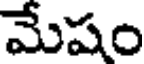
మేషం